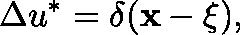
\Delta u ^ { * } = \delta ( \mathbf { x - { \mathbf \xi } } ) ,